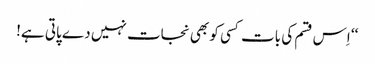
‘‘ اِس قسم کی بات کسی کو بھی نجات نہیں دے پاتی ہے!